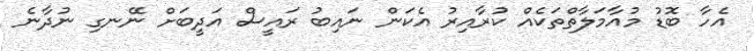
އެހާ ބޮޑު މުއާމަލާތްތަކެއް ކުރާއިރު އެކަން ނައިބު ރައީސް އަދީބަށް ނޭނގި ނުދާނެ